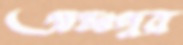
অন্তঃপুর